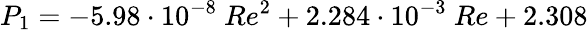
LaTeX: P_{1}=-5.98\cdot 10^{-8}\ Re^{2}+2.284\cdot 10^{-3}\ Re+2.308